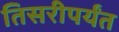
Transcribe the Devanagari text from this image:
तिसरीपर्यंत